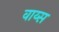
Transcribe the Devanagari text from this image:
वाय्स